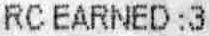
RC EARNED : 3